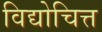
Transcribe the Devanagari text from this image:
विद्योचित्त